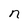
Character: n